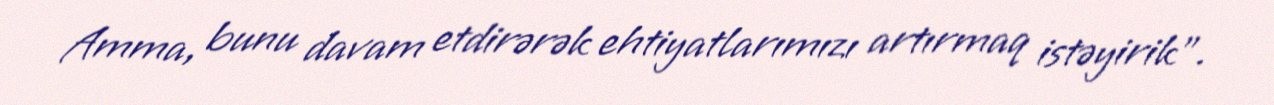
Amma, bunu davam etdirərək ehtiyatlarımızı artırmaq istəyirik".